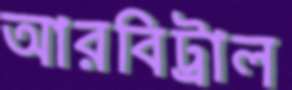
আরবিট্রাল